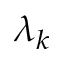
\lambda _ { k }